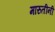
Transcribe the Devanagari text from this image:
मारुतीनी